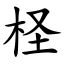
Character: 柽